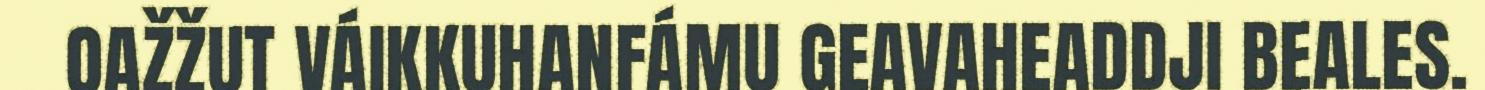
OAŽŽUT VÁIKKUHANFÁMU GEAVAHEADDJI BEALES.